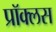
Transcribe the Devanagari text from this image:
प्रॉक्लस